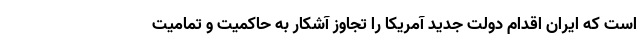
است که ایران اقدام دولت جدید آمریکا را تجاوز آشکار به حاکمیت و تمامیت